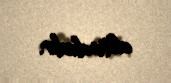
altındadır.